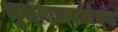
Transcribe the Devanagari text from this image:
मुख्‍याद्यापकांच्‍या